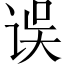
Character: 误